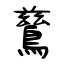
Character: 鶿